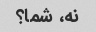
نه، شما؟